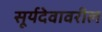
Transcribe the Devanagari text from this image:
सूर्यदेवावरील